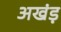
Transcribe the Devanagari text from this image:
अखंड़